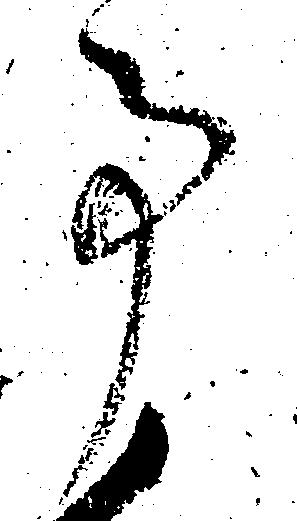
事